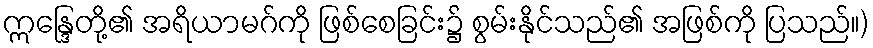
ဣန္ဒြေတို့၏ အရိယာမဂ်ကို ဖြစ်စေခြင်း၌ စွမ်းနိုင်သည်၏ အဖြစ်ကို ပြသည်။)